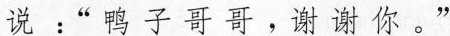
说 ：” 鸭 子 哥 哥 ， 谢 谢 你 。”